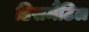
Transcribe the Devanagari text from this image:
डिसमैंटिल